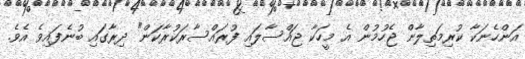
އަންހެނަކާ ކުރިމަތިލާން ޖެހުމުން އެ މީހަކާ ޖައްސާލައި ފުރައްސާރަކުރާކަން" ދިރާގައި ބުނެފައިވެ އެވެ.